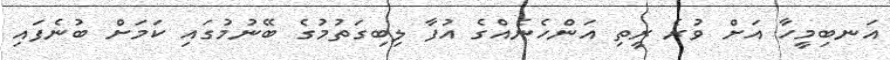
އަނބިމީހާ އަށް ވުރެ ރީތި އަންހެނެއްގެ އުފާ ލިބިގަތުމުގެ ބޭނުމުގައި ކަމަށް ބުނެފައި